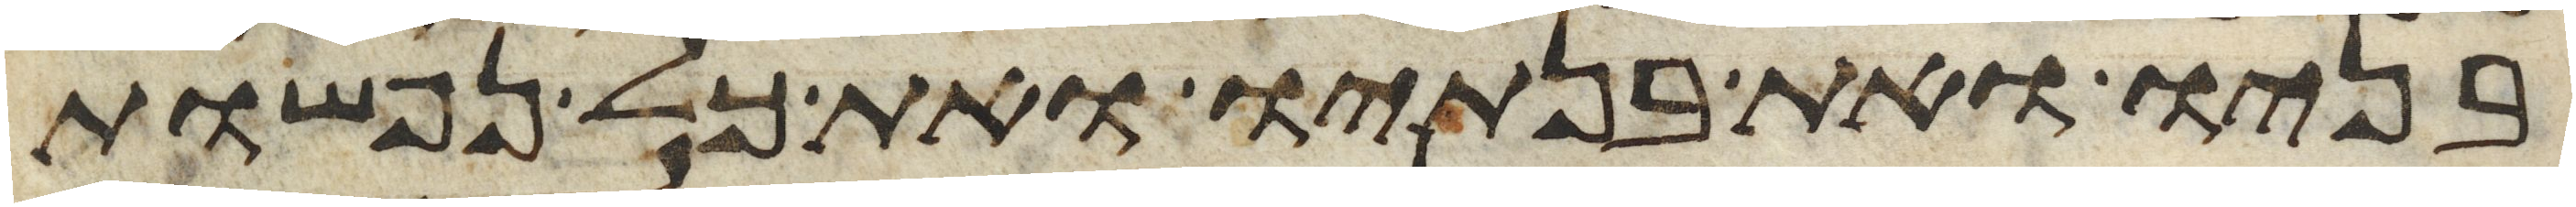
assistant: בניו ואת בנתיו ואת כל נפשות